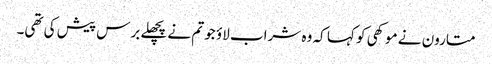
متارون نے موکھی کو کہا کہ وہ شراب لاؤ جو تم نے پچھلے برس پیش کی تھی۔